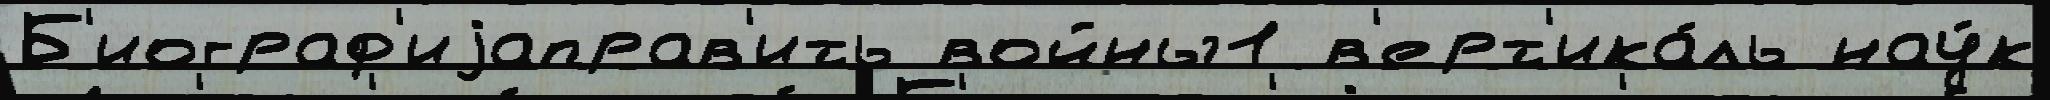
Б'иограф'иjаправ'ить войны1 в'ерт'ика́ль нау́к